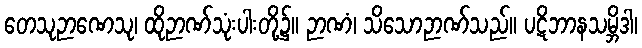
တေသုဉာဏေသု၊ ထိုဉာဏ်သုံးပါးတို့၌။ ဉာဏံ၊ သိသောဉာဏ်သည်။ ပဋိဘာနသမ္ဘိဒါ၊